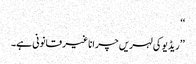
‘‘
’’ریڈیو کی لہریں چرانا غیر قانونی ہے۔